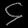
Digit: ၄